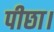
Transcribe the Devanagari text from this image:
पीछा।